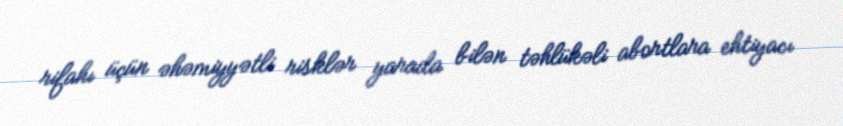
rifahı üçün əhəmiyyətli risklər yarada bilən təhlükəli abortlara ehtiyacı